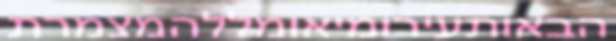
הבאותעירומיאומללהמצמרת